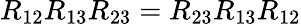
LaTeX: R_{12}R_{13}R_{23}=R_{23}R_{13}R_{12}